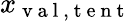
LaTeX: x_{\mathrm{~v~a~l~,~t~e~n~t~}}